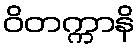
ဝိတက္ကာနိ